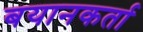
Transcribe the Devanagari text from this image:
बयानकर्ता